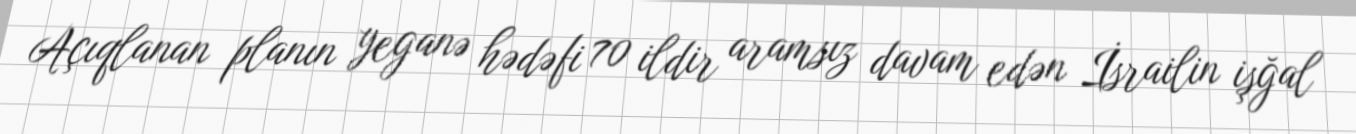
Açıqlanan planın yeganə hədəfi 70 ildir aramsız davam edən İsrailin işğal